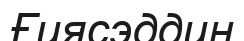
Ғиясэддин